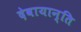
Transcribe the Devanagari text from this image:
देवायान्ति